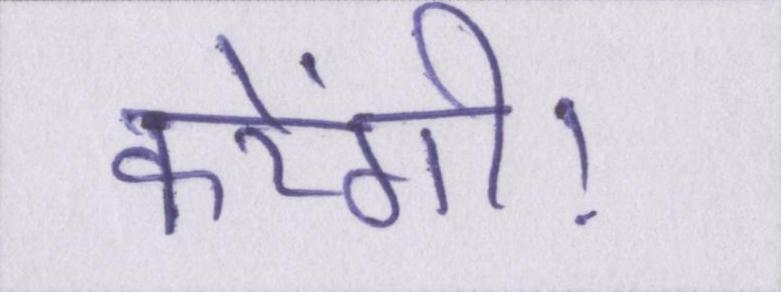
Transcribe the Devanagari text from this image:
करेंगी।